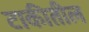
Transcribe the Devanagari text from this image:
टाकीतील